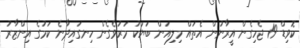
ކޮވިޑް-19 ޖެހިގެން އީރާނުން އެތައް މިލިއަން ބަޔަކު މަރުވެގެން ހިނގައިދާނެ ކަމުގެ އިންޒާރު